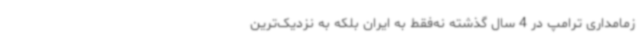
زمامداری ترامپ در 4 سال گذشته نه‌فقط به ایران بلکه به نزدیک‌ترین